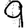
Digit: 9